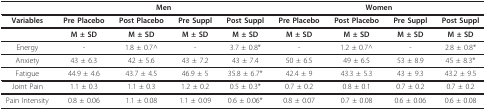
<table><thead><tr><td></td><td colspan="4"><b>Men</b></td><td colspan="4"><b>Women</b></td></tr></thead><tbody><tr><td><b>Variables</b></td><td><b>Pre Placebo</b></td><td><b>Post Placebo</b></td><td><b>Pre Suppl</b></td><td><b>Post Suppl</b></td><td><b>Pre Placebo</b></td><td><b>Post Placebo</b></td><td><b>Pre Suppl</b></td><td><b>Post Suppl</b></td></tr><tr><td></td><td><b>M ± SD</b></td><td><b>M ± SD</b></td><td><b>M ± SD</b></td><td><b>M ± SD</b></td><td><b>M ± SD</b></td><td><b>M ± SD</b></td><td><b>M ± SD</b></td><td><b>M ± SD</b></td></tr><tr><td>Energy</td><td>-</td><td>1.8 ± 0.7^</td><td>-</td><td>3.7 ± 0.8*</td><td>-</td><td>1.2 ± 0.7^</td><td>-</td><td>2.8 ± 0.8*</td></tr><tr><td>Anxiety</td><td>43 ± 6.3</td><td>42 ± 5.6</td><td>43 ± 7.2</td><td>43 ± 7.4</td><td>50 ± 6.5</td><td>49 ± 6.5</td><td>53 ± 8.9</td><td>45 ± 8.3*</td></tr><tr><td>Fatigue</td><td>44.9 ± 4.6</td><td>43.7 ± 4.5</td><td>46.9 ± 5</td><td>35.8 ± 6.7*</td><td>42.4 ± 9</td><td>43.3 ± 5.3</td><td>43 ± 9.3</td><td>43.2 ± 9.5</td></tr><tr><td>Joint Pain</td><td>1.1 ± 0.3</td><td>1.1 ± 0.3</td><td>1.2 ± 0.2</td><td>0.5 ± 0.3*</td><td>0.7 ± 0.2</td><td>0.8 ± 0.1</td><td>0.7 ± 0.2</td><td>0.7 ± 0.2</td></tr><tr><td>Pain Intensity</td><td>0.8 ± 0.06</td><td>1.1 ± 0.08</td><td>1.1 ± 0.09</td><td>0.6 ± 0.06*</td><td>0.8 ± 0.07</td><td>0.7 ± 0.08</td><td>0.6 ± 0.06</td><td>0.6 ± 0.08</td></tr></tbody></table>